Indian journal of veterinary science and animal husbandry - Volumes 26-27, 1956-1957
Year: 1956
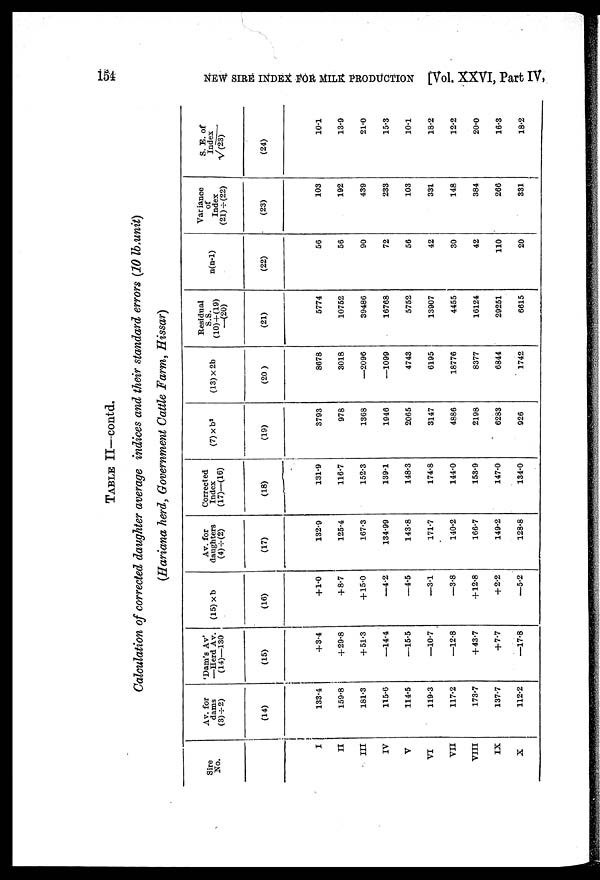
154
NEW SIRE INDEX FOR MILK PRODUCTION [Vol. XXVI, Part IV,
TABLE II—contd.
Calculation of corrected daughter average indices and their standard errors (10 lb.unit)
(Hariana herd, Government Cattle Farm, Hissar)
Sire
No.
I
II
III
IV
V
VI
VII
VIII
IX
X
Av. for
dams
(3)÷(2)
(14)
133.4
159.8
181.3
115.6
114.5
119.3
117.2
173.7
137.7
112.2
'Dam's Av'
—Herd Av.
(14)—130
(15)
+3.4
+29.8
+51.3
—14.4
—15.5
—10.7
—12.8
+43.7
+ 7.7
—17.8
(15) × b
(16)
+1.0
+8.7
+15.0
—4.2
—4.5
—3.1
—3.8
+12.8
+2.2
—5.2
Av. for
daughters
(4)÷(2)
(17)
132.9
125.4
167.3
134.99
143.8
171.7
140.2
166.7
149.2
128.8
Corrected
Index
(17)—(16)
(18)
131.9
116.7
152.3
139.1
148.3
174.8
144.0
153.9
147.0
134.0
(7) × b 3
(19)
3793
978
1368
1946
2065
3147
4886
2198
6283
926
(13) × 2b
(20)
8678
3018
—2096
—1099
4743
6195
18776
8377
6844
1742
Residual
S.S.
(10) + (19)
—(20)
(21)
5774
10752
39486
16768
5752
13907
4455
16124
29251
6615
n(n-1)
(22)
56
56
90
72
56
42
30
42
110
20
Variance
of
Index
(21)÷(22)
(23)
103
192
439
233
103
331
148
384
266
331
S. E. of
Index
√(23)
(24)
10.1
13.9
21.0
15.3
10.1
18.2
12.2
20.0
16.3
18.2